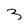
Character: 3